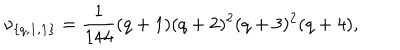
LaTeX: \nu _ { \{ q , { \bf 1 } , { \bf 1 } \} } = { \frac { 1 } { 1 4 4 } } ( q + 1 ) ( q + 2 ) ^ { 2 } ( q + 3 ) ^ { 2 } ( q + 4 ) ,